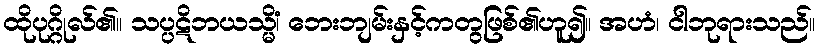
ထိုပုဂ္ဂိုလ်၏။ သပ္ပဋိဘယသ္မိံ၊ ဘေးဘျမ်းနှင့်ကတွဖြစ်၏ဟူ၍။ အဟံ၊ ငါဘုရားသည်။